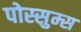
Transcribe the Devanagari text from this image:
पोस्सुम्स